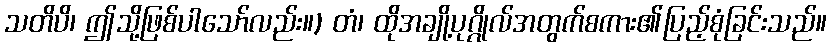
သတိပိ၊ ဤသို့ဖြစ်ပါသော်လည်း။) တံ၊ ထိုအချို့ပုဂ္ဂိုလ်အတွက်စကား၏ပြည့်စုံခြင်းသည်။